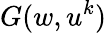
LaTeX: G(w,u^{k})